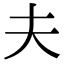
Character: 夫